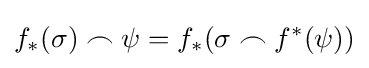
f_{*}(\sigma )\frown \psi =f_{*}(\sigma \frown f^{*}(\psi ))